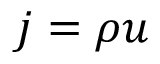
j = \rho u